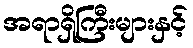
အရာရှိကြီးများနှင့်